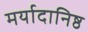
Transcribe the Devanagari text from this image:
मर्यादानिष्ठ